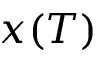
x ( T )